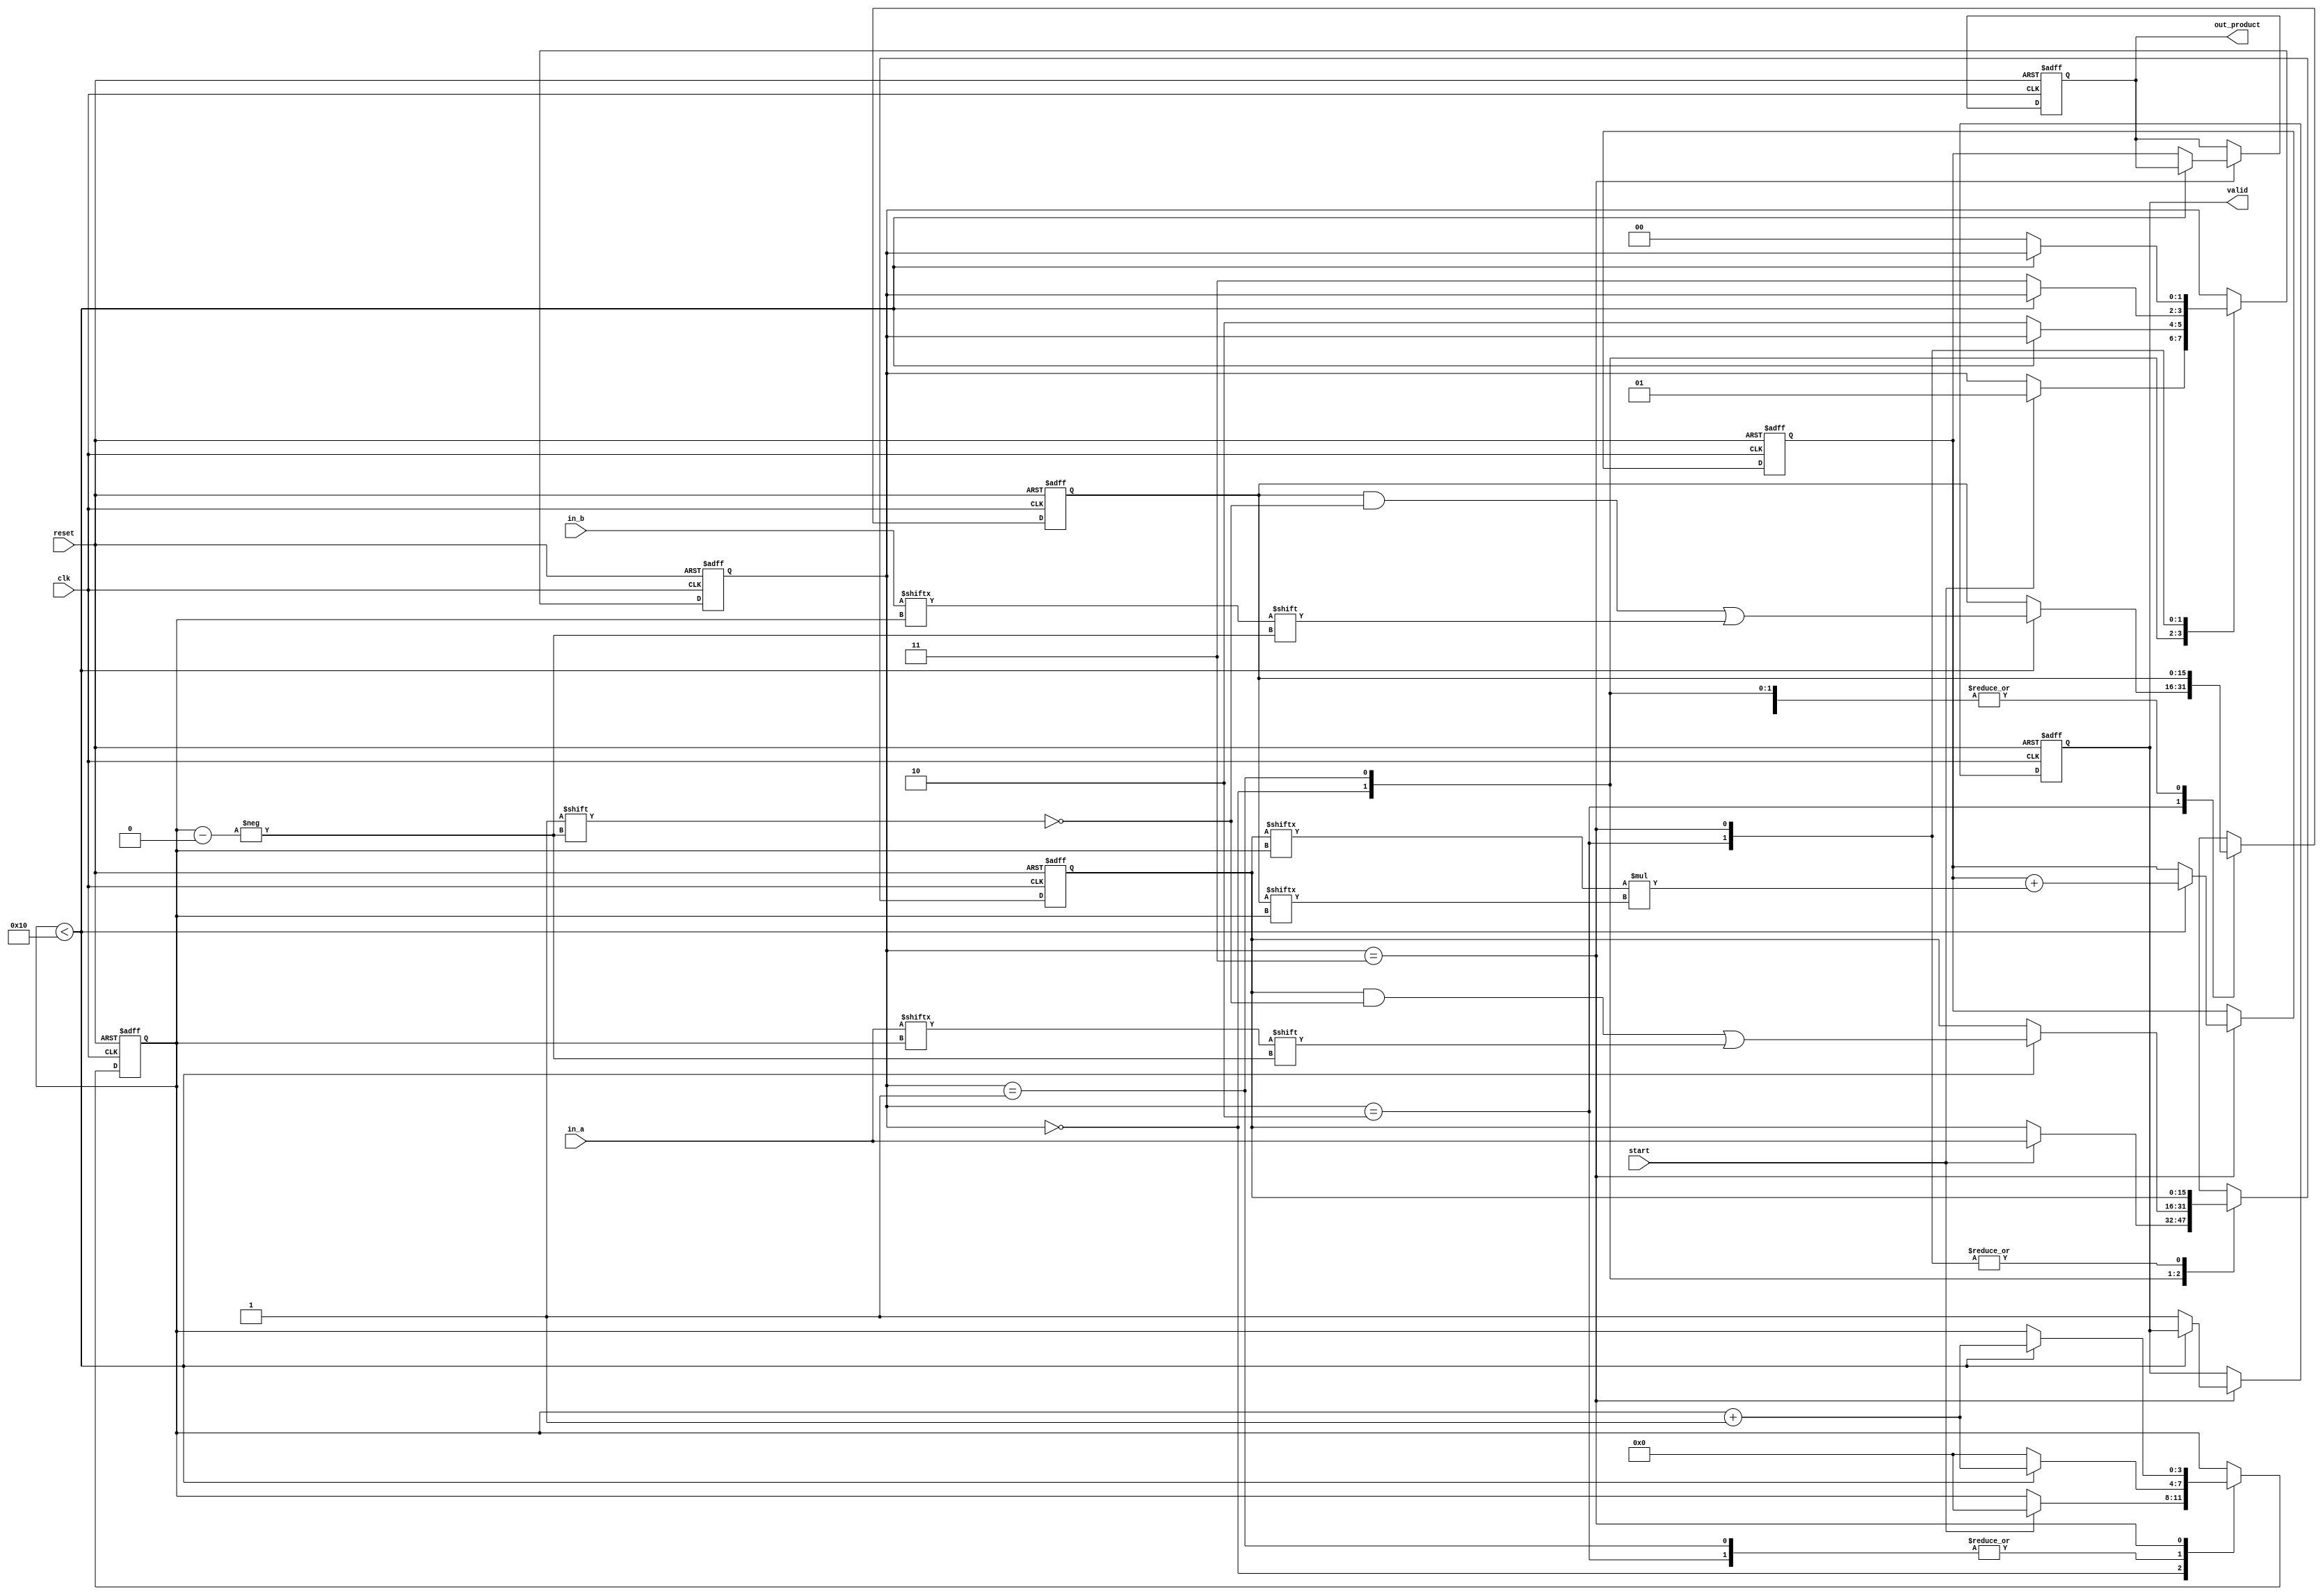
module arithmetic_streaming_multiplier #(
    parameter WIDTH = 16 // Width of input multiplicands
)(
    input wire clk,
    input wire reset,
    input wire start,
    input wire [WIDTH-1:0] in_a,
    input wire [WIDTH-1:0] in_b,
    output reg [2*WIDTH-1:0] out_product,
    output reg valid
);

    reg [WIDTH-1:0] reg_a; // Register to hold first multiplicand
    reg [WIDTH-1:0] reg_b; // Register to hold second multiplicand
    reg [2*WIDTH-1:0] product_reg; // Register to hold product
    reg [1:0] state; // State variable for FSM
    reg [3:0] count; // To count the iterations
    localparam IDLE = 2'b00, LOAD_A = 2'b01, LOAD_B = 2'b10, MULTIPLY = 2'b11;

    always @(posedge clk or posedge reset) begin
        if (reset) begin
            state <= IDLE;
            reg_a <= 0;
            reg_b <= 0;
            product_reg <= 0;
            out_product <= 0;
            valid <= 0;
            count <= 0;
        end else begin
            case (state)
                IDLE: begin
                    if (start) begin
                        state <= LOAD_A;
                        reg_a <= in_a;  // Load first multiplicand
                        count <= 0;
                    end
                end
                
                LOAD_A: begin
                    if (count < WIDTH) begin
                        reg_a[count] <= in_a[count];  // Serialize input A
                        count <= count + 1;
                    end else begin
                        count <= 0;
                        state <= LOAD_B; // Transition to load B
                    end
                end
                
                LOAD_B: begin
                    if (count < WIDTH) begin
                        reg_b[count] <= in_b[count];  // Serialize input B
                        count <= count + 1;
                    end else begin
                        count <= 0;
                        state <= MULTIPLY; // Transition to multiplication
                    end
                end
                
                MULTIPLY: begin
                    if (count < WIDTH) begin
                        // Here a simple multiplication is done, for actual multiplier design, you may need to factor in partial products
                        product_reg <= product_reg + (reg_a[count] * reg_b[count]);  
                        count <= count + 1;
                    end else begin
                        out_product <= product_reg;  // Update output product
                        valid <= 1;  // Assertion of valid output
                        state <= IDLE; // Go back to IDLE state
                    end
                end
                
                default: state <= IDLE; // Safety condition
            endcase
        end
    end

endmodule